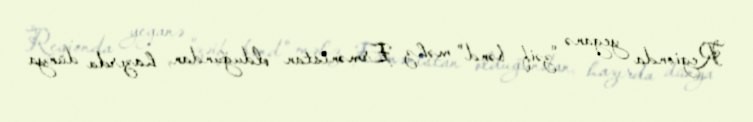
Regionda yeganə "zəif bənd" məhz Ermənistan olduğundan, hazırda dünya